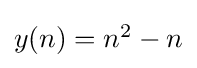
{\textstyle y(n)=n^{2}-n}